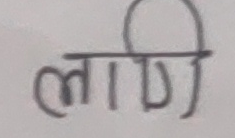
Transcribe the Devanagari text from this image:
लीणी